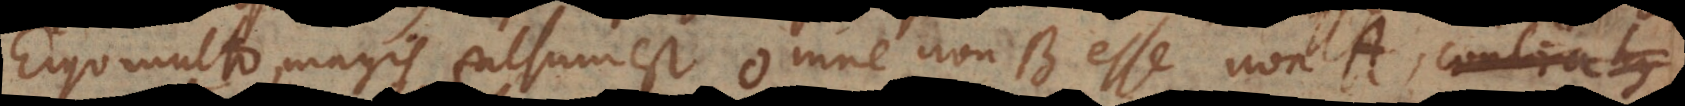
Ergo multo magis falsum est omne non‐B esse non‐A, contra